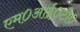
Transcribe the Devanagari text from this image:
एम०आई०टी०